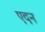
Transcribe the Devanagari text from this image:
एदन